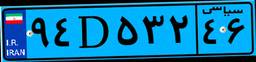
۳۱D۷۶۴۹۷